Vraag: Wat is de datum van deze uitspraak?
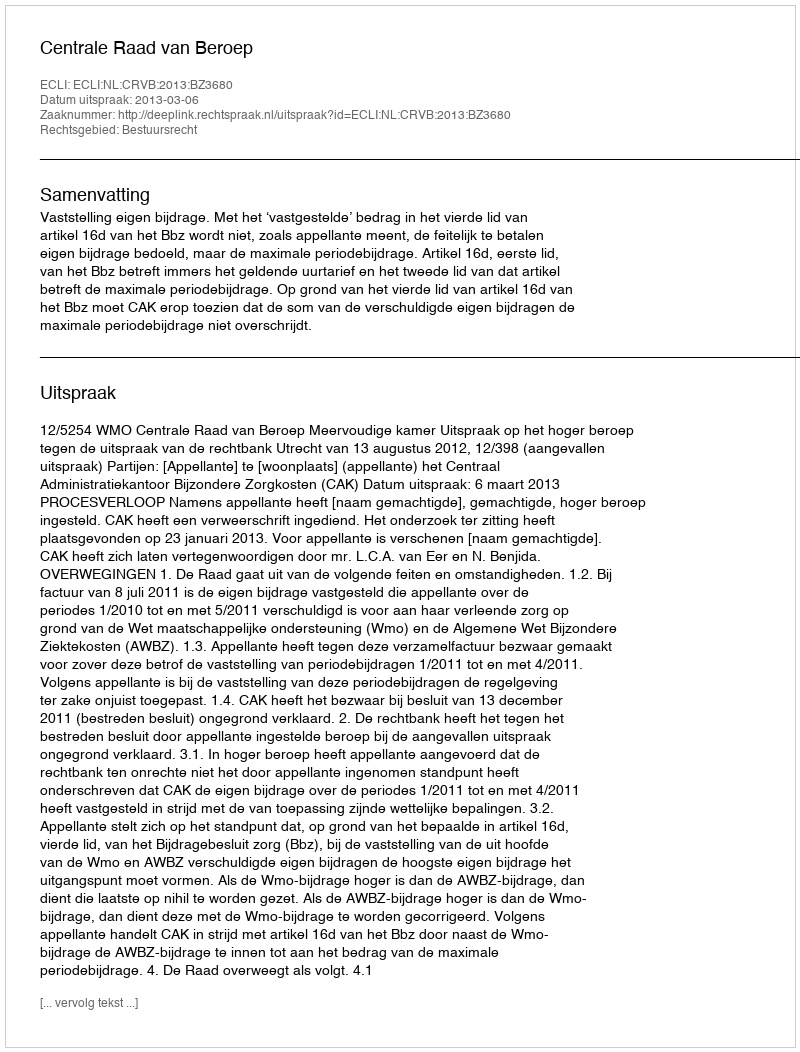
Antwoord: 2013-03-06